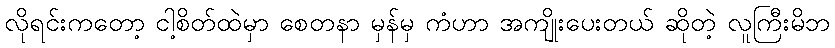
လိုရင်းကတော့ ငါ့စိတ်ထဲမှာ စေတနာ မှန်မှ ကံဟာ အကျိုးပေးတယ် ဆိုတဲ့ လူကြီးမိဘ